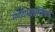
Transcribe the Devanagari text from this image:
मध्यमाप्रतिपद